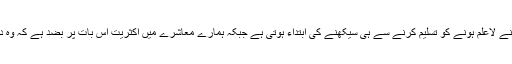
“بہرحال اپنے لاعلم ہونے کو تسلیم کرنے سے ہی سیکھنے کی ابتداء ہوتی ہے جبکہ ہمارے معاشرے میں اکثریت اس بات پر بضد ہے کہ وہ دانشور ہے۔